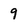
Character: 9